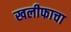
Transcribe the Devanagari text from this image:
खलीफाचा